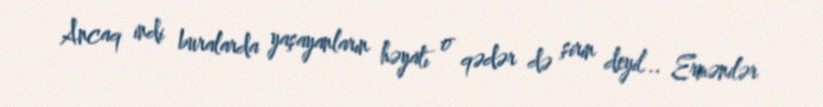
Ancaq indi buralarda yaşayanların həyatı o qədər də şirin deyil... Ermənilər